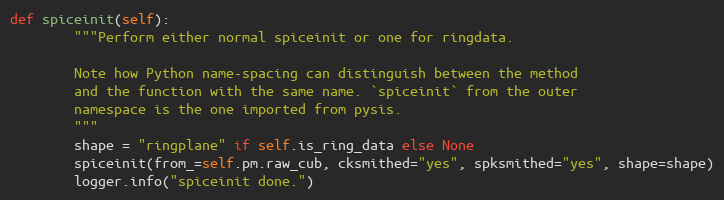
Language: Python
def spiceinit(self):
        """Perform either normal spiceinit or one for ringdata.

        Note how Python name-spacing can distinguish between the method
        and the function with the same name. `spiceinit` from the outer
        namespace is the one imported from pysis.
        """
        shape = "ringplane" if self.is_ring_data else None
        spiceinit(from_=self.pm.raw_cub, cksmithed="yes", spksmithed="yes", shape=shape)
        logger.info("spiceinit done.")